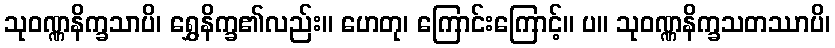
သုဝဏ္ဏနိက္ခသာပိ၊ ရွှေနိက္ခ၏လည်း။ ဟေတု၊ ကြောင်းကြောင့်။ ပ။ သုဝဏ္ဏနိက္ခသတဿာပိ၊